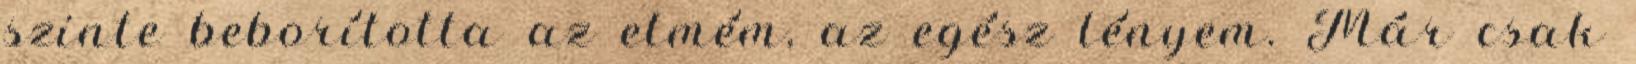
szinte beborította az elmém, az egész lényem. Már csak